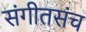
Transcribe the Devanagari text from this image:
संगीतसंच